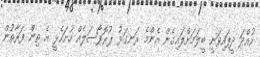
ހުއްދަ ދީފައިވަނީ ބީލަމަށްލައިގެން އެންމެ ރަނގަޅު ޕުރޮޕޯސަލެއް ހުށަހެޅީ އެ ތިން ފަރާތުން